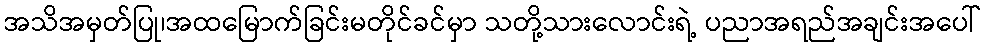
အသိအမှတ်ပြု၊အထမြောက်ခြင်းမတိုင်ခင်မှာ သတို့သားလောင်းရဲ့ ပညာအရည်အချင်းအပေါ်